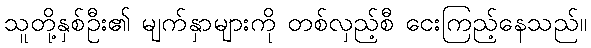
သူတို့နှစ်ဦး၏ မျက်နှာများကို တစ်လှည့်စီ ငေးကြည့်နေသည်။